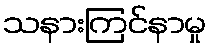
သနားကြင်နာမှု